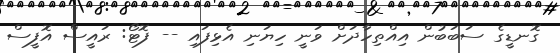
ގޮނޑީގެ ސަބަބުން އިއްތިހާދަށް ވަނީ ހިޔަނި އެޅިފައި -- ފޮޓޯ: ރައީސް އޮފީސް